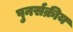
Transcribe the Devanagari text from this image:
पुनर्सक्रीय